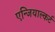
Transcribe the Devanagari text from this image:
एन्जियाल्कर्ट